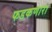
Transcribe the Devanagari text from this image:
फडकणारा